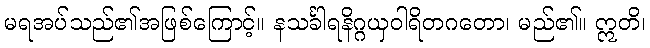
မရအပ်သည်၏အဖြစ်ကြောင့်။ နသင်္ခါရနိဂ္ဂယှဝါရိတဂတော၊ မည်၏။ ဣတိ၊